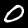
Label: 0